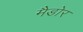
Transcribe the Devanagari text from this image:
मैडोर